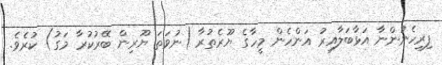
ފިރިހެނުންނާ އަޅާބަލާއިރު އަންހެން މީހާގެ ޔޫރެތުރާ (ނުވަތަ ޔޫރިން ބޭރުކުރާ މަގު) ކުރެވެ.